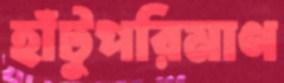
হাঁটুপরিমাণ